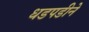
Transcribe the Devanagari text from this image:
धडपडीने